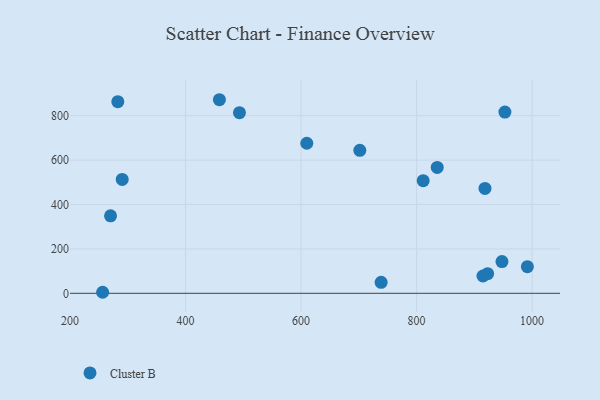
{"axis": {"x": "Price", "y": "Salary"}, "legend": ["Cluster B"], "data": [{"x": "914.9", "y": 77.9, "type": "Cluster B"}, {"x": "270.1", "y": 348.8, "type": "Cluster B"}, {"x": "952.9", "y": 816.2, "type": "Cluster B"}, {"x": "493.3", "y": 813.7, "type": "Cluster B"}, {"x": "923.0", "y": 88.3, "type": "Cluster B"}, {"x": "256.4", "y": 4.6, "type": "Cluster B"}, {"x": "609.9", "y": 675.7, "type": "Cluster B"}, {"x": "991.8", "y": 119.7, "type": "Cluster B"}, {"x": "701.7", "y": 643.7, "type": "Cluster B"}, {"x": "947.8", "y": 143.0, "type": "Cluster B"}, {"x": "918.4", "y": 472.1, "type": "Cluster B"}, {"x": "835.7", "y": 566.8, "type": "Cluster B"}, {"x": "290.3", "y": 512.9, "type": "Cluster B"}, {"x": "458.6", "y": 871.8, "type": "Cluster B"}, {"x": "811.4", "y": 507.4, "type": "Cluster B"}, {"x": "738.6", "y": 49.3, "type": "Cluster B"}, {"x": "282.7", "y": 863.2, "type": "Cluster B"}]}